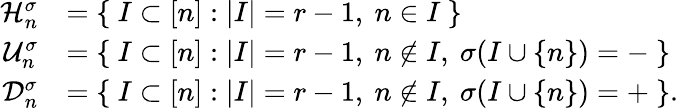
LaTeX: \begin{array}{rl}{{\cal{H}}_{n}^{\sigma}}&{=\{ \ I\subset[n]:|I|=r-1,\ n\in I\ \} }\\ {{\cal{U}}_{n}^{\sigma}}&{=\{ \ I\subset[n]:|I|=r-1,\ n\notin I,\ \sigma(I\cup\{ n\} )=-\ \} }\\ {{\cal{D}}_{n}^{\sigma}}&{=\{ \ I\subset[n]:|I|=r-1,\ n\notin I,\ \sigma(I\cup\{ n\} )=+\ \} .}\end{array}